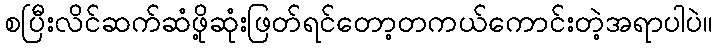
စပြီးလိင်ဆက်ဆံဖို့ဆုံးဖြတ်ရင်တော့တကယ်ကောင်းတဲ့အရာပါပဲ။